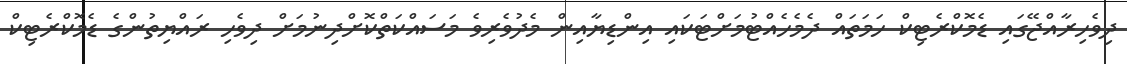
ދިވެހިރާއްޖޭގައި ޑެމޮކްރެޓިކް ހަމަތައް ދެމެހެއްޓުމަށްޓަކައި އިންޑިޔާއިން މެދުވެރިވެ މަސައްކަތްކޮށްދިނުމަށް ދިވެހި ރައްޔިތުންގެ ޑެމޮކްރެޓިކް